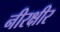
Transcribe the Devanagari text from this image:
नीरक्षीर